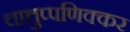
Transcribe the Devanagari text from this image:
चात्तुप्पणिक्कर